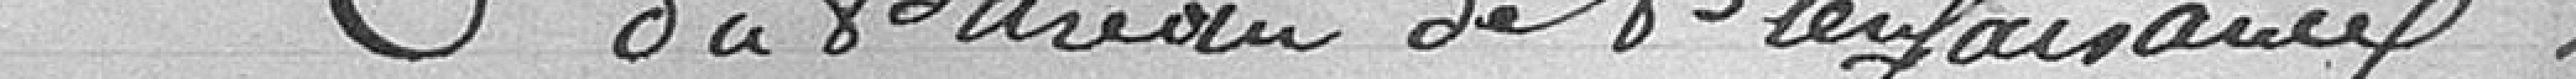
Nomination de deux membres de la commission administrative du Bureau de bienfaisance